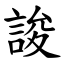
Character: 誜